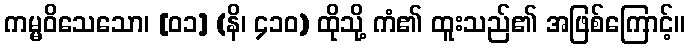
ကမ္မဝိသေသော၊ [၀၁] (နိ၊ ၄၁၀) ထိုသို့ ကံ၏ ထူးသည်၏ အဖြစ်ကြောင့်။